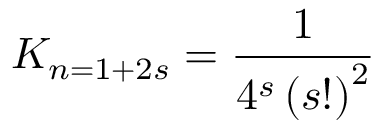
K _ { n = 1 + 2 s } = \frac { 1 } { 4 ^ { s } \left( s ! \right) ^ { 2 } }